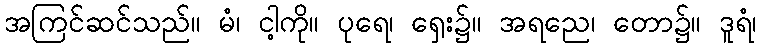
အကြင်ဆင်သည်။ မံ၊ ငါ့ကို။ ပုရေ၊ ရှေး၌။ အရညေ၊ တော၌။ ဒူရံ၊